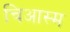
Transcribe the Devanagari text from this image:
चिआस्म